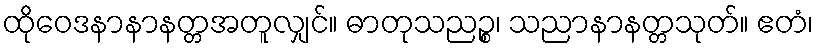
ထိုဝေဒနာနာနတ္တအတူလျှင်။ ဓာတုသညဉ္စ၊ သညာနာနတ္တသုတ်။ ဧတံ၊